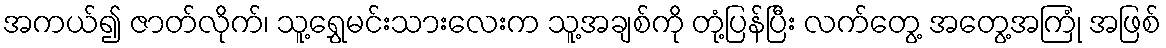
အကယ်၍ ဇာတ်လိုက်၊ သူ့ရွှေမင်းသားလေးက သူ့အချစ်ကို တုံ့ပြန်ပြီး လက်တွေ့ အတွေ့အကြုံ အဖြစ်